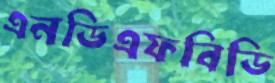
এনডিএফবিডি